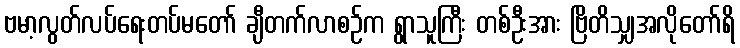
ဗမာ့လွတ်လပ်ရေးတပ်မတော် ချီတက်လာစဉ်က ရွာသူကြီး တစ်ဦးအား ဗြိတိသျှအလိုတော်ရိ